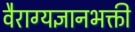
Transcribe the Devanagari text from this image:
वैराग्यज्ञानभक्ती